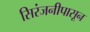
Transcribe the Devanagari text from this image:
सिरंजनीपासून